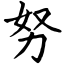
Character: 努